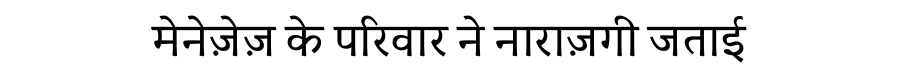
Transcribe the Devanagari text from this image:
मेनेज़ेज़ के परिवार ने नाराज़गी जताई